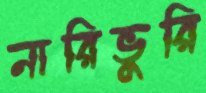
নারিভুরি